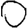
Digit: 0